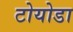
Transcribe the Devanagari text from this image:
टोयोडा